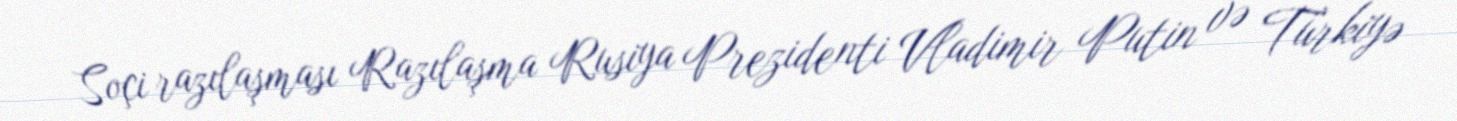
Soçi razılaşması Razılaşma Rusiya Prezidenti Vladimir Putin və Türkiyə